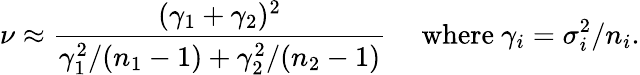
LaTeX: \nu\approx{\frac{(\gamma_{1}+\gamma_{2})^{2}}{\gamma_{1}^{2}/(n_{1}-1)+\gamma_{2}^{2}/(n_{2}-1)}}\quad{\mathrm{~where~}}\gamma_{i}=\sigma_{i}^{2}/n_{i}.